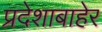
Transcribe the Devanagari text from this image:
प्रदेशाबाहेर